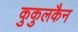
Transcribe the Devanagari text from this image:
कुकुलकैन